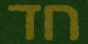
חד